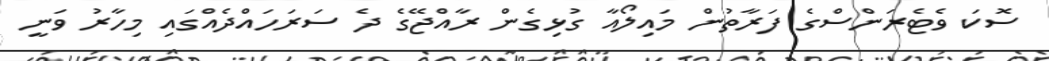
ސޮކަ ވެޓެރަންސްގެ ފަރާތުން މައިލޯއާ ގުޅިގެން ރާއްޖޭގެ ދެ ސަރަހައްދެއްގައި މިހާރު ވަނީ